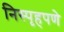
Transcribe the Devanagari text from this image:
निस्पृहपणे